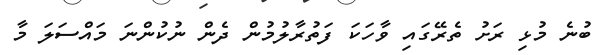
ބުނެ މުޅި ރަށު ތެރޭގައި ވާހަކަ ފަތުރާލުމުން ދެން ނުކުންނަ މައްސަލަ މާ